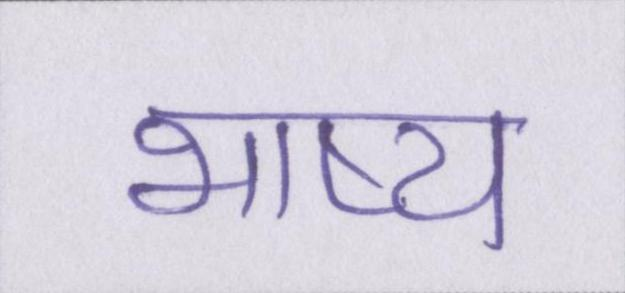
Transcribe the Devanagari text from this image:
भाष्य